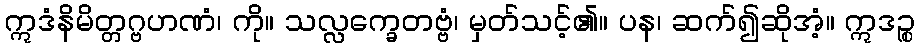
ဣဒံနိမိတ္တဂ္ဗဟဏံ၊ ကို။ သလ္လက္ခေတဗ္ဗံ၊ မှတ်သင့်၏။ ပန၊ ဆက်၍ဆိုအံ့။ ဣဒဉ္စ